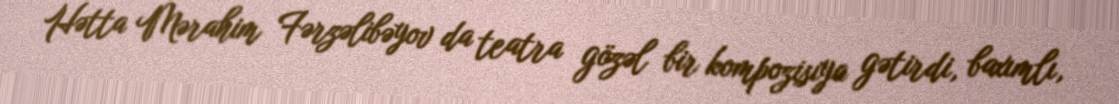
Hətta Mərahim Fərzəlibəyov da teatra gözəl bir kompozisiya gətirdi, baxımlı,